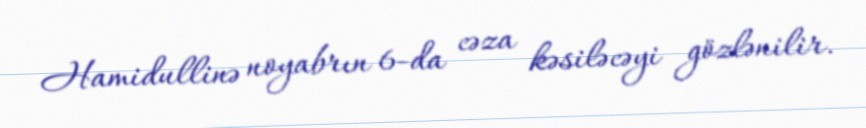
Hamidullinə noyabrın 6-da cəza kəsiləcəyi gözlənilir.